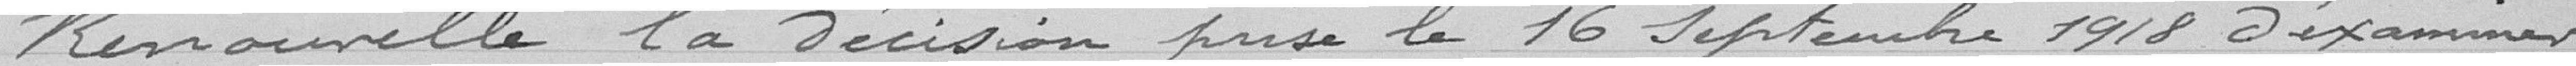
Renouvelle la décision prise le 16 Septembre 1918 d'examiner